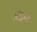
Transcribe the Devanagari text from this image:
अंड्गो